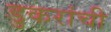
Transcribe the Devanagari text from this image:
डुकरांची